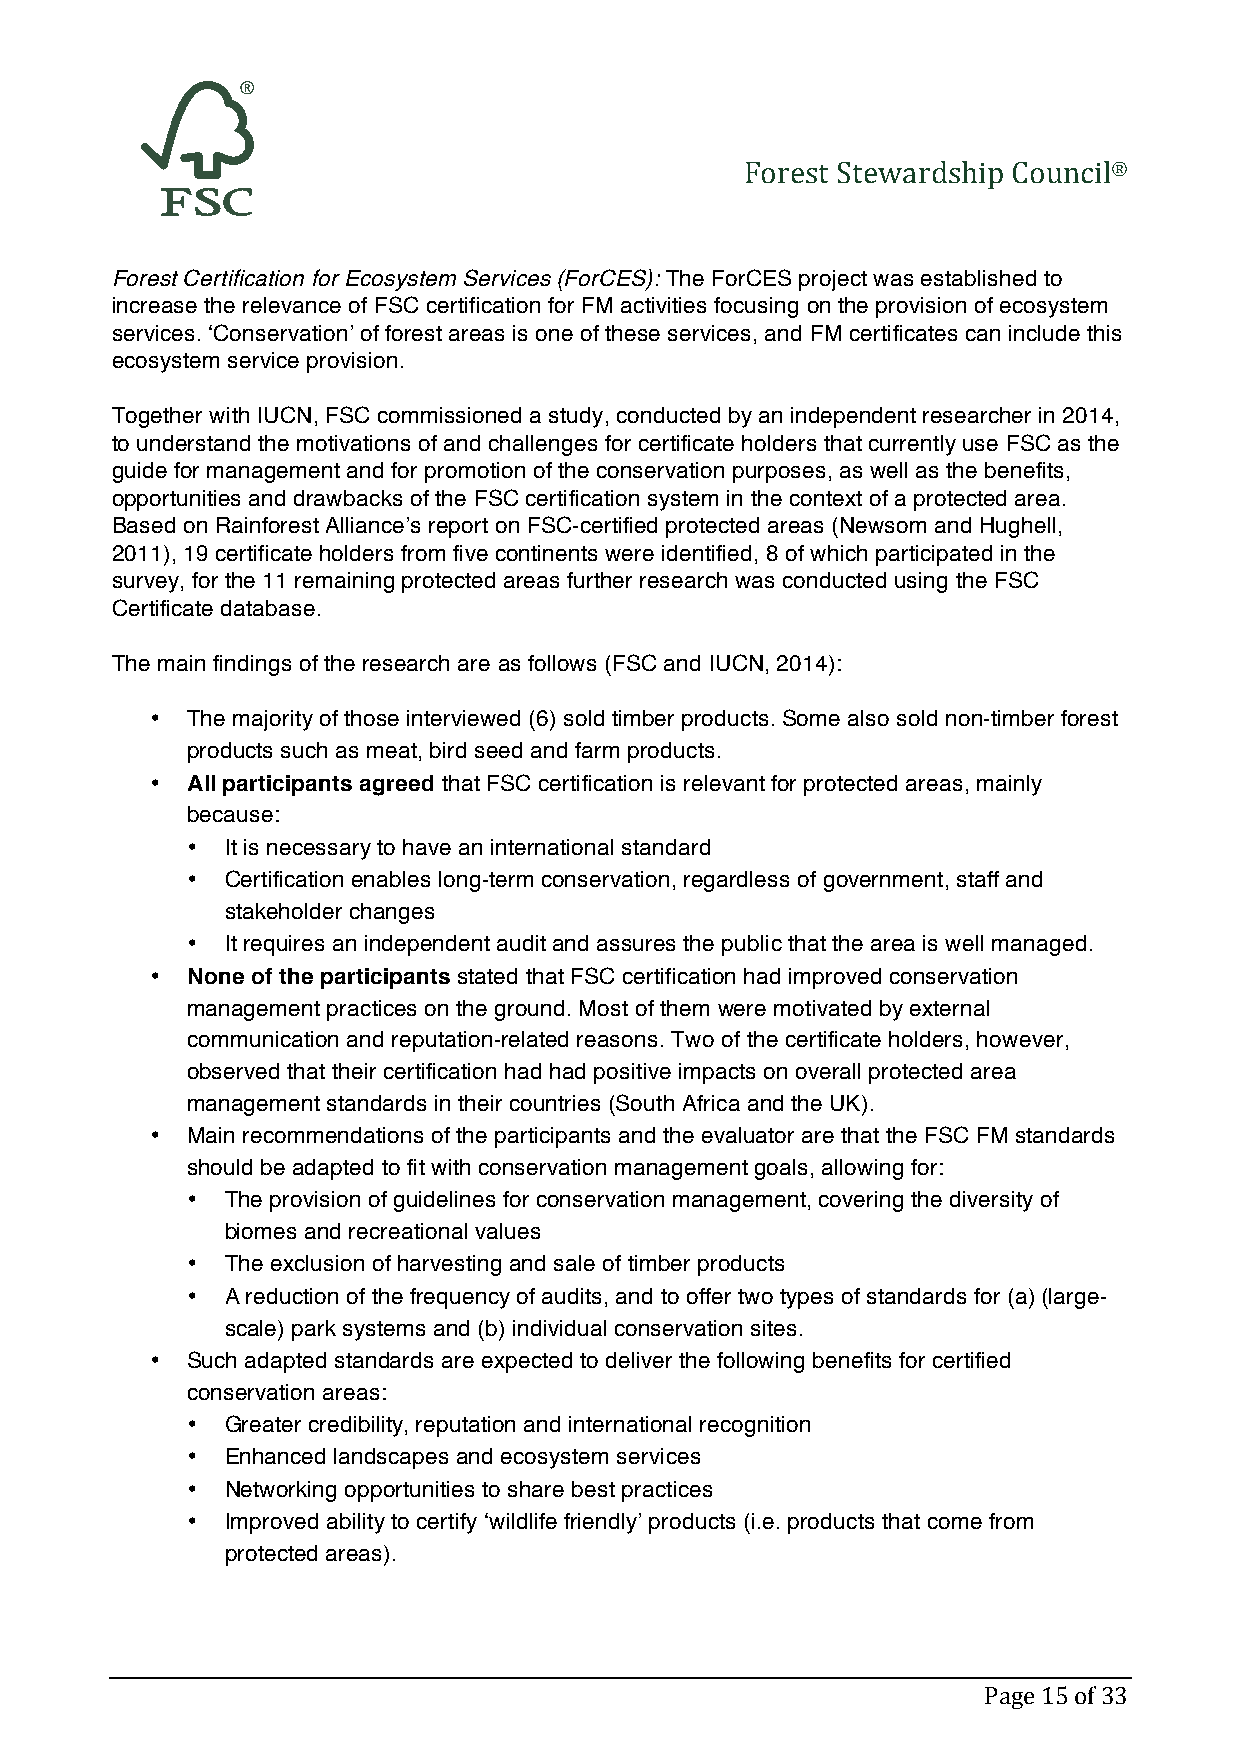
Forest Stewardship Council®
 Forest Certification for Ecosystem Services (ForCES): The ForCES project was established to
 increase the relevance of FSC certification for FM activities focusing on the provision of ecosystem
 services. ‘Conservation’ of forest areas is one of these services, and FM certificates can include this
 ecosystem service provision.
 Together with IUCN, FSC commissioned a study, conducted by an independent researcher in 2014,
 to understand the motivations of and challenges for certificate holders that currently use FSC as the
 guide for management and for promotion of the conservation purposes, as well as the benefits,
 opportunities and drawbacks of the FSC certification system in the context of a protected area.
 Based on Rainforest Alliance’s report on FSC-certified protected areas (Newsom and Hughell,
 2011), 19 certificate holders from five continents were identified, 8 of which participated in the
 survey, for the 11 remaining protected areas further research was conducted using the FSC
 Certificate database.
 The main findings of the research are as follows (FSC and IUCN, 2014):
 • The majority of those interviewed (6) sold timber products. Some also sold non-timber forest
 products such as meat, bird seed and farm products.
 • All participants agreed that FSC certification is relevant for protected areas, mainly
 because:
 •  It is necessary to have an international standard
 •  Certification enables long-term conservation, regardless of government, staff and
 stakeholder changes
 •  It requires an independent audit and assures the public that the area is well managed.
 • None of the participants stated that FSC certification had improved conservation
 management practices on the ground. Most of them were motivated by external
 communication and reputation-related reasons. Two of the certificate holders, however,
 observed that their certification had had positive impacts on overall protected area
 management standards in their countries (South Africa and the UK).
 • Main recommendations of the participants and the evaluator are that the FSC FM standards
 should be adapted to fit with conservation management goals, allowing for:
 •  The provision of guidelines for conservation management, covering the diversity of
 biomes and recreational values
 •  The exclusion of harvesting and sale of timber products
 •  A reduction of the frequency of audits, and to offer two types of standards for (a) (large-
 scale) park systems and (b) individual conservation sites.
 • Such adapted standards are expected to deliver the following benefits for certified
 conservation areas:
 •  Greater credibility, reputation and international recognition
 •  Enhanced landscapes and ecosystem services
 •  Networking opportunities to share best practices
 •  Improved ability to certify ‘wildlife friendly’ products (i.e. products that come from
 protected areas).
 Page 15 of 33